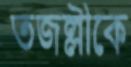
তজল্লীকে